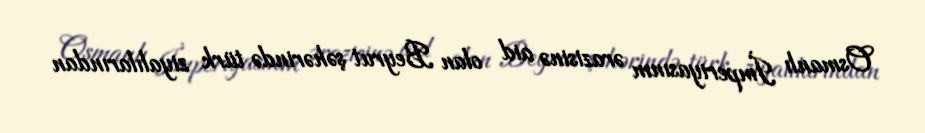
Osmanlı İmperiyasının ərazisinə aid olan Beyrut şəhərində türk ziyalılarından